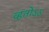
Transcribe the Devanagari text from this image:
व्हतोऽऽ